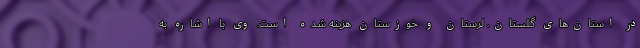
در استان‌های گلستان، لرستان و خوزستان هزینه شده است. وی با اشاره به